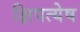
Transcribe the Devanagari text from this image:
क्षिपत्येष